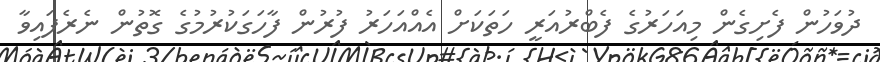
ދުވަހުން ފެށިގެން މިއަހަރުގެ ފެބްރުއަރީ ހަތަކަށް އެއްއަހަރު ފުރުން ފާހަގަކުރުމުގެ ގޮތުން ނެރެފައިވާ